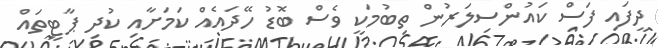
ދީފައި ފަސް ކައުންސިލަރުން ތިބުމަކީ ވެސް ބޮޑު ހޭދައެއް ކަމަށާއި ކުދި ޕާޓީތައް